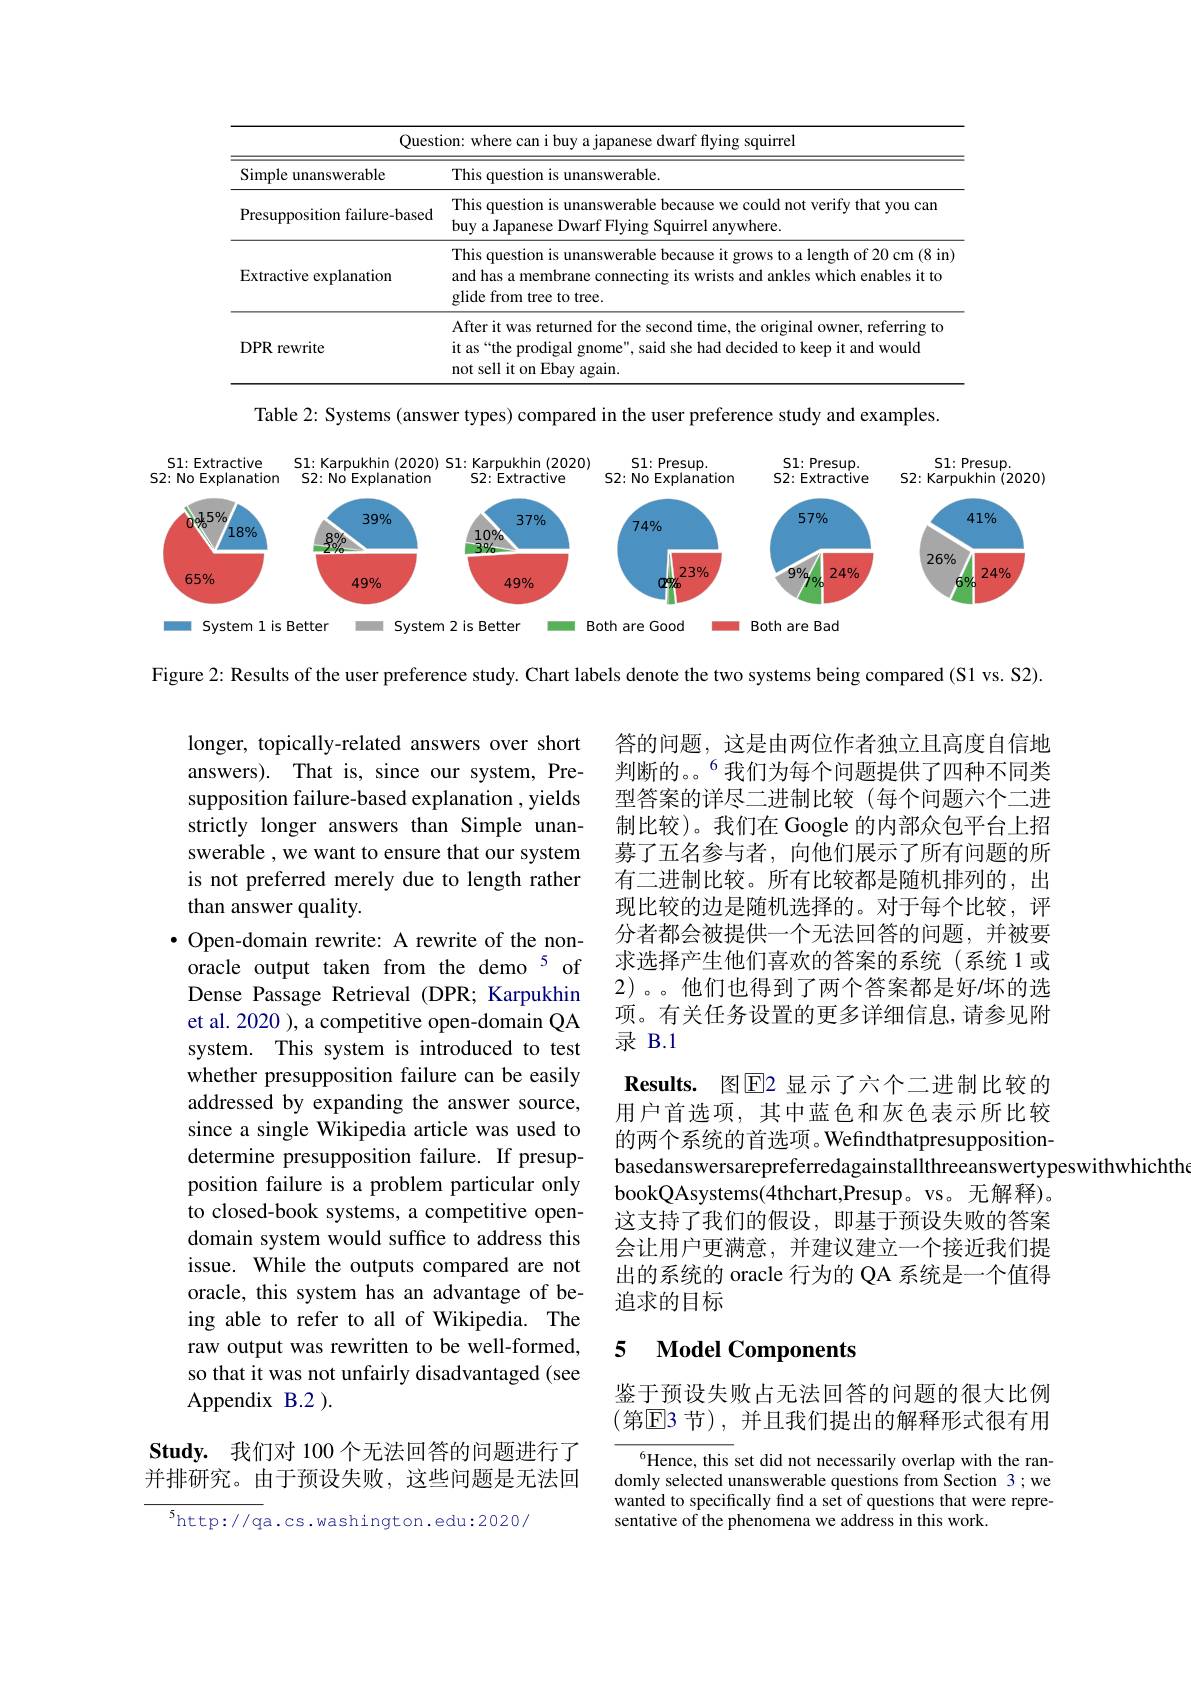
<table>
	<tbody>
		<tr>
			<th colspan="2">Question: where can i buy a japanese dwarf flying squirrel</th>
		</tr>
		<tr>
			<th>Simple unanswerable</th>
			<th>This question is unanswerable</th>
		</tr>
		<tr>
			<td>Presupposition failure-based</td>
			<td>This question is unanswerable because we could not verify that you can buy a Japanese Dwarf Flying Squirrel anywhere.</td>
		</tr>
		<tr>
			<td>Extractive explanation</td>
			<td>This question is unanswerable because it grows to a length of 20 cm (8 in) and has a membrane connecting its wrists and ankles which enables it to glide from tree to tree.</td>
		</tr>
		<tr>
			<td>DPR rewrite</td>
			<td>After it was returned for the second time, the original owner, referring to it as“the prodigal gnome", said she had decided to keep it and would not sell it on Ebay again.</td>
		</tr>
	</tbody>
</table>

Table 2: Systems (answer types) compared in the user preference study and examples.

<FigureHere>

Figure 2: Results of the user preference study. Chart labels denote the two systems being compared (S1 vs. S2).

答的问题，这是由两位作者独立且高度自信地判断的。。$^{6}$我们为每个问题提供了四种不同类型答案的详尽二进制比较(每个问题六个二进制比较)。我们在 Google 的内部众包平台上招募了五名参与者，向他们展示了所有问题的所有二进制比较。所有比较都是随机排列的，出现比较的边是随机选择的。对于每个比较，评分者都会被提供一个无法回答的问题，并被要求选择产生他们喜欢的答案的系统(系统1或2)。。他们也得到了两个答案都是好/坏的选项。有关任务设置的更多详细信息，请参见附录 B.1
Results. 图$\overline{\mathrm{E}}$2 显示了六个二进制比较的用户首选项，其中蓝色和灰色表示所比较的两个系统的首选项。Wefindthatpresuppositionbasedanswersarepreferredagainstallthreeanswertypeswithwhichtho
bookQAsystems(4thchart,Presup。vs。无解释)。这支持了我们的假设，即基于预设失败的答案会让用户更满意，并建议建立一个接近我们提出的系统的 oracle 行为的 QA 系统是一个值得追求的目标

longer, topically-related answers over short answers). That is, since our system, Presupposition failure-based explanation , yields strictly longer answers than Simple unanswerable , we want to ensure that our system is not preferred merely due to length rather than answer quality.
$\bullet$ Open-domain rewrite: A rewrite of the nonoracle output taken from the demo 5 of Dense Passage Retrieval (DPR; Karpukhin et al. 2020 ), a competitive open-domain QA system. This system is introduced to test whether presupposition failure can be easily addressed by expanding the answer source, since a single Wikipedia article was used to determine presupposition failure. If presupposition failure is a problem particular only to closed-book systems, a competitive opendomain system would suffice to address this issue. While the outputs compared are not oracle, this system has an advantage of being able to refer to all of Wikipedia. The raw output was rewritten to be well-formed, so that it was not unfairly disadvantaged (see Appendix B.2 ).

### 5 $\textbf{Model Components}$

鉴于预设失败占无法回答的问题的很大比例(第☑E3 节),并且我们提出的解释形式很有用

Study. 我们对 100 个无法回答的问题进行了并排研究。由于预设失败，这些问题是无法回

$^{6}$Hence, this set did not necessarily overlap with the randomly selected unanswerable questions from Section 3 ;we wanted to specifically find a set of questions that were representative of the phenomena we address in this work.

$^5$http://qa.cs.washington.edu:2020/